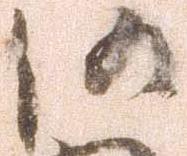
仍